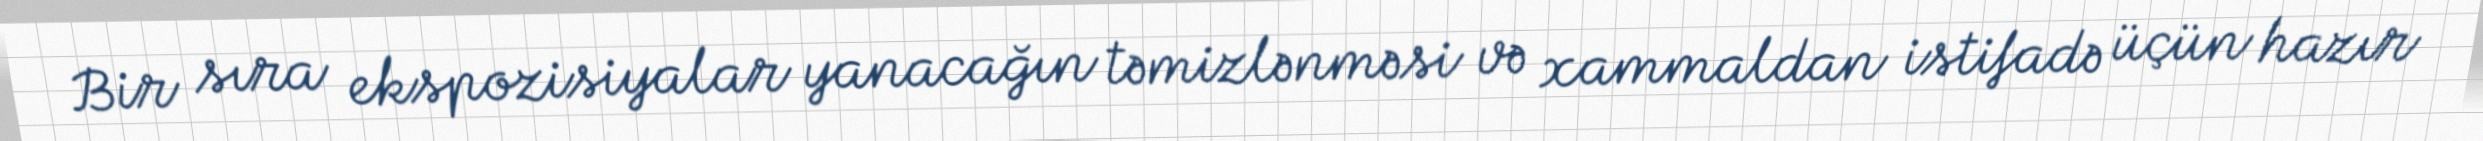
Bir sıra ekspozisiyalar yanacağın təmizlənməsi və xammaldan istifadə üçün hazır